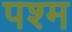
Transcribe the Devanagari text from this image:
पश्म